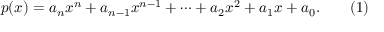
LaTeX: p ( x ) = a _ { n } x ^ { n } + a _ { n - 1 } x ^ { n - 1 } + \cdots + a _ { 2 } x ^ { 2 } + a _ { 1 } x + a _ { 0 } . \qquad ( 1 )